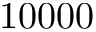
1 0 0 0 0